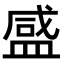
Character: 𬐨